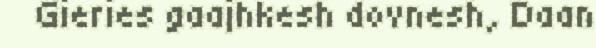
Gieries gaajhkesh dovnesh, Daan